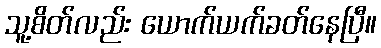
သူ့စိတ်လည်း ယောက်ယက်ခတ်နေပြီ။